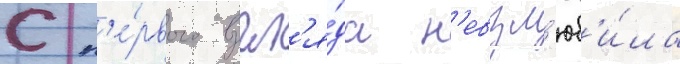
С п'е́рвого взгл'я́да н'евзл'юб'и́ла